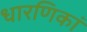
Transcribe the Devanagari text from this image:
धारणिकां